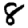
Digit: 8